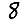
Digit: 8